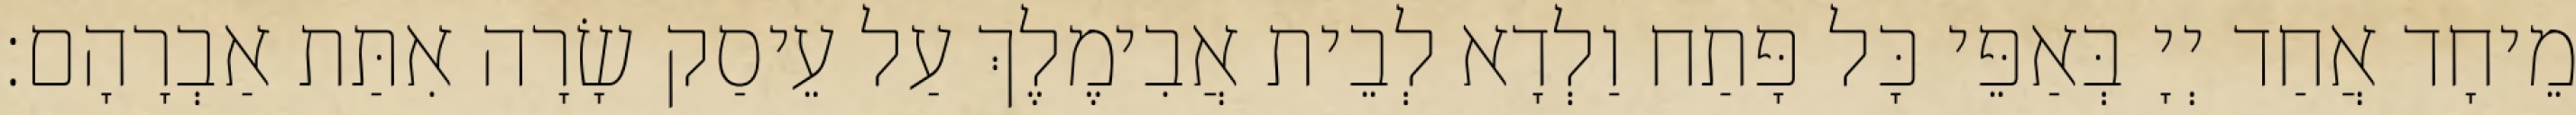
מֵיחָד אֲחַד יְיָ בְּאַפֵּי כָּל פָּתַח וַלְדָא לְבֵית אֲבִימֶלֶךְ עַל עֵיסַק שָׂרָה אִתַּת אַבְרָהָם׃